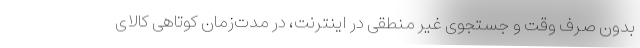
بدون صرف وقت و جستجوی غیر منطقی در اینترنت، در مدت‌زمان کوتاهی کالای